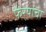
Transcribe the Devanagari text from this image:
फेर्‍यांचा